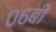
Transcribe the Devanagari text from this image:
०६बी